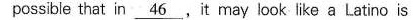
possible that in\underline{46} ,it may look like a Latino is